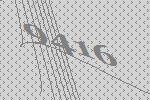
9416